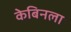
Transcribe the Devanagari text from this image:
केबिनला